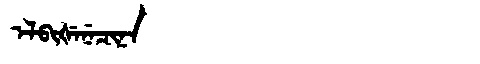
Manchu: ᡝᠯᠪᡳᡧᡝᠨᡝᠴᡳᠨᠠ
Romanization: ELBIŠENECINA